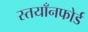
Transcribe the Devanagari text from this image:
स्तयाँनफोर्ड